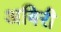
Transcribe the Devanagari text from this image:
अबिरी